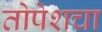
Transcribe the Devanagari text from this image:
तोपेशचा